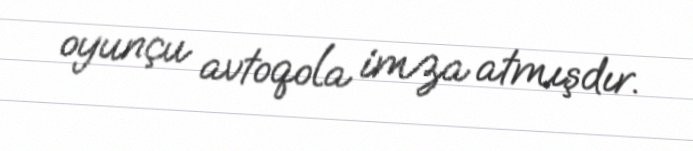
oyunçu avtoqola imza atmışdır.